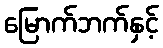
မြောက်ဘက်နှင့်